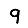
Digit: 9